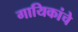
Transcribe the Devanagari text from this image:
गायिकांचे